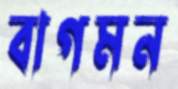
বাগমন